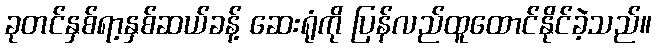
ခုတင်နှစ်ရာ့နှစ်ဆယ်ခန့် ဆေးရုံကို ပြန်လည်ထူထောင်နိုင်ခဲ့သည်။